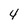
Character: 4